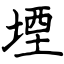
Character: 堙